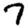
Digit: 7